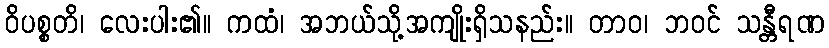
ဝိပစ္စတိ၊ လေးပါး၏။ ကထံ၊ အဘယ်သို့အကျိုးရှိသနည်း။ တာဝ၊ ဘဝင် သန္တီရဏ